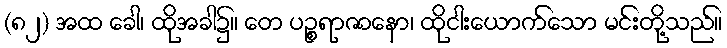
(၈၂) အထ ခေါ၊ ထိုအခါ၌။ တေ ပဉ္စရာဇာနော၊ ထိုငါးယောက်သော မင်းတို့သည်။